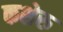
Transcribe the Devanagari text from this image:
कशेरु